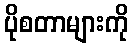
ပိုစတာများကို